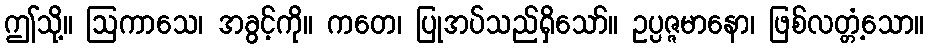
ဤသို့။ ဩကာသေ၊ အခွင့်ကို။ ကတေ၊ ပြုအပ်သည်ရှိသော်။ ဥပ္ပဇ္ဇမာနော၊ ဖြစ်လတ္တံ့သော။